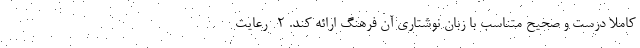
کاملا درست و صحیح متناسب با زبان نوشتاری آن فرهنگ ارائه کند. ۲- رعایت